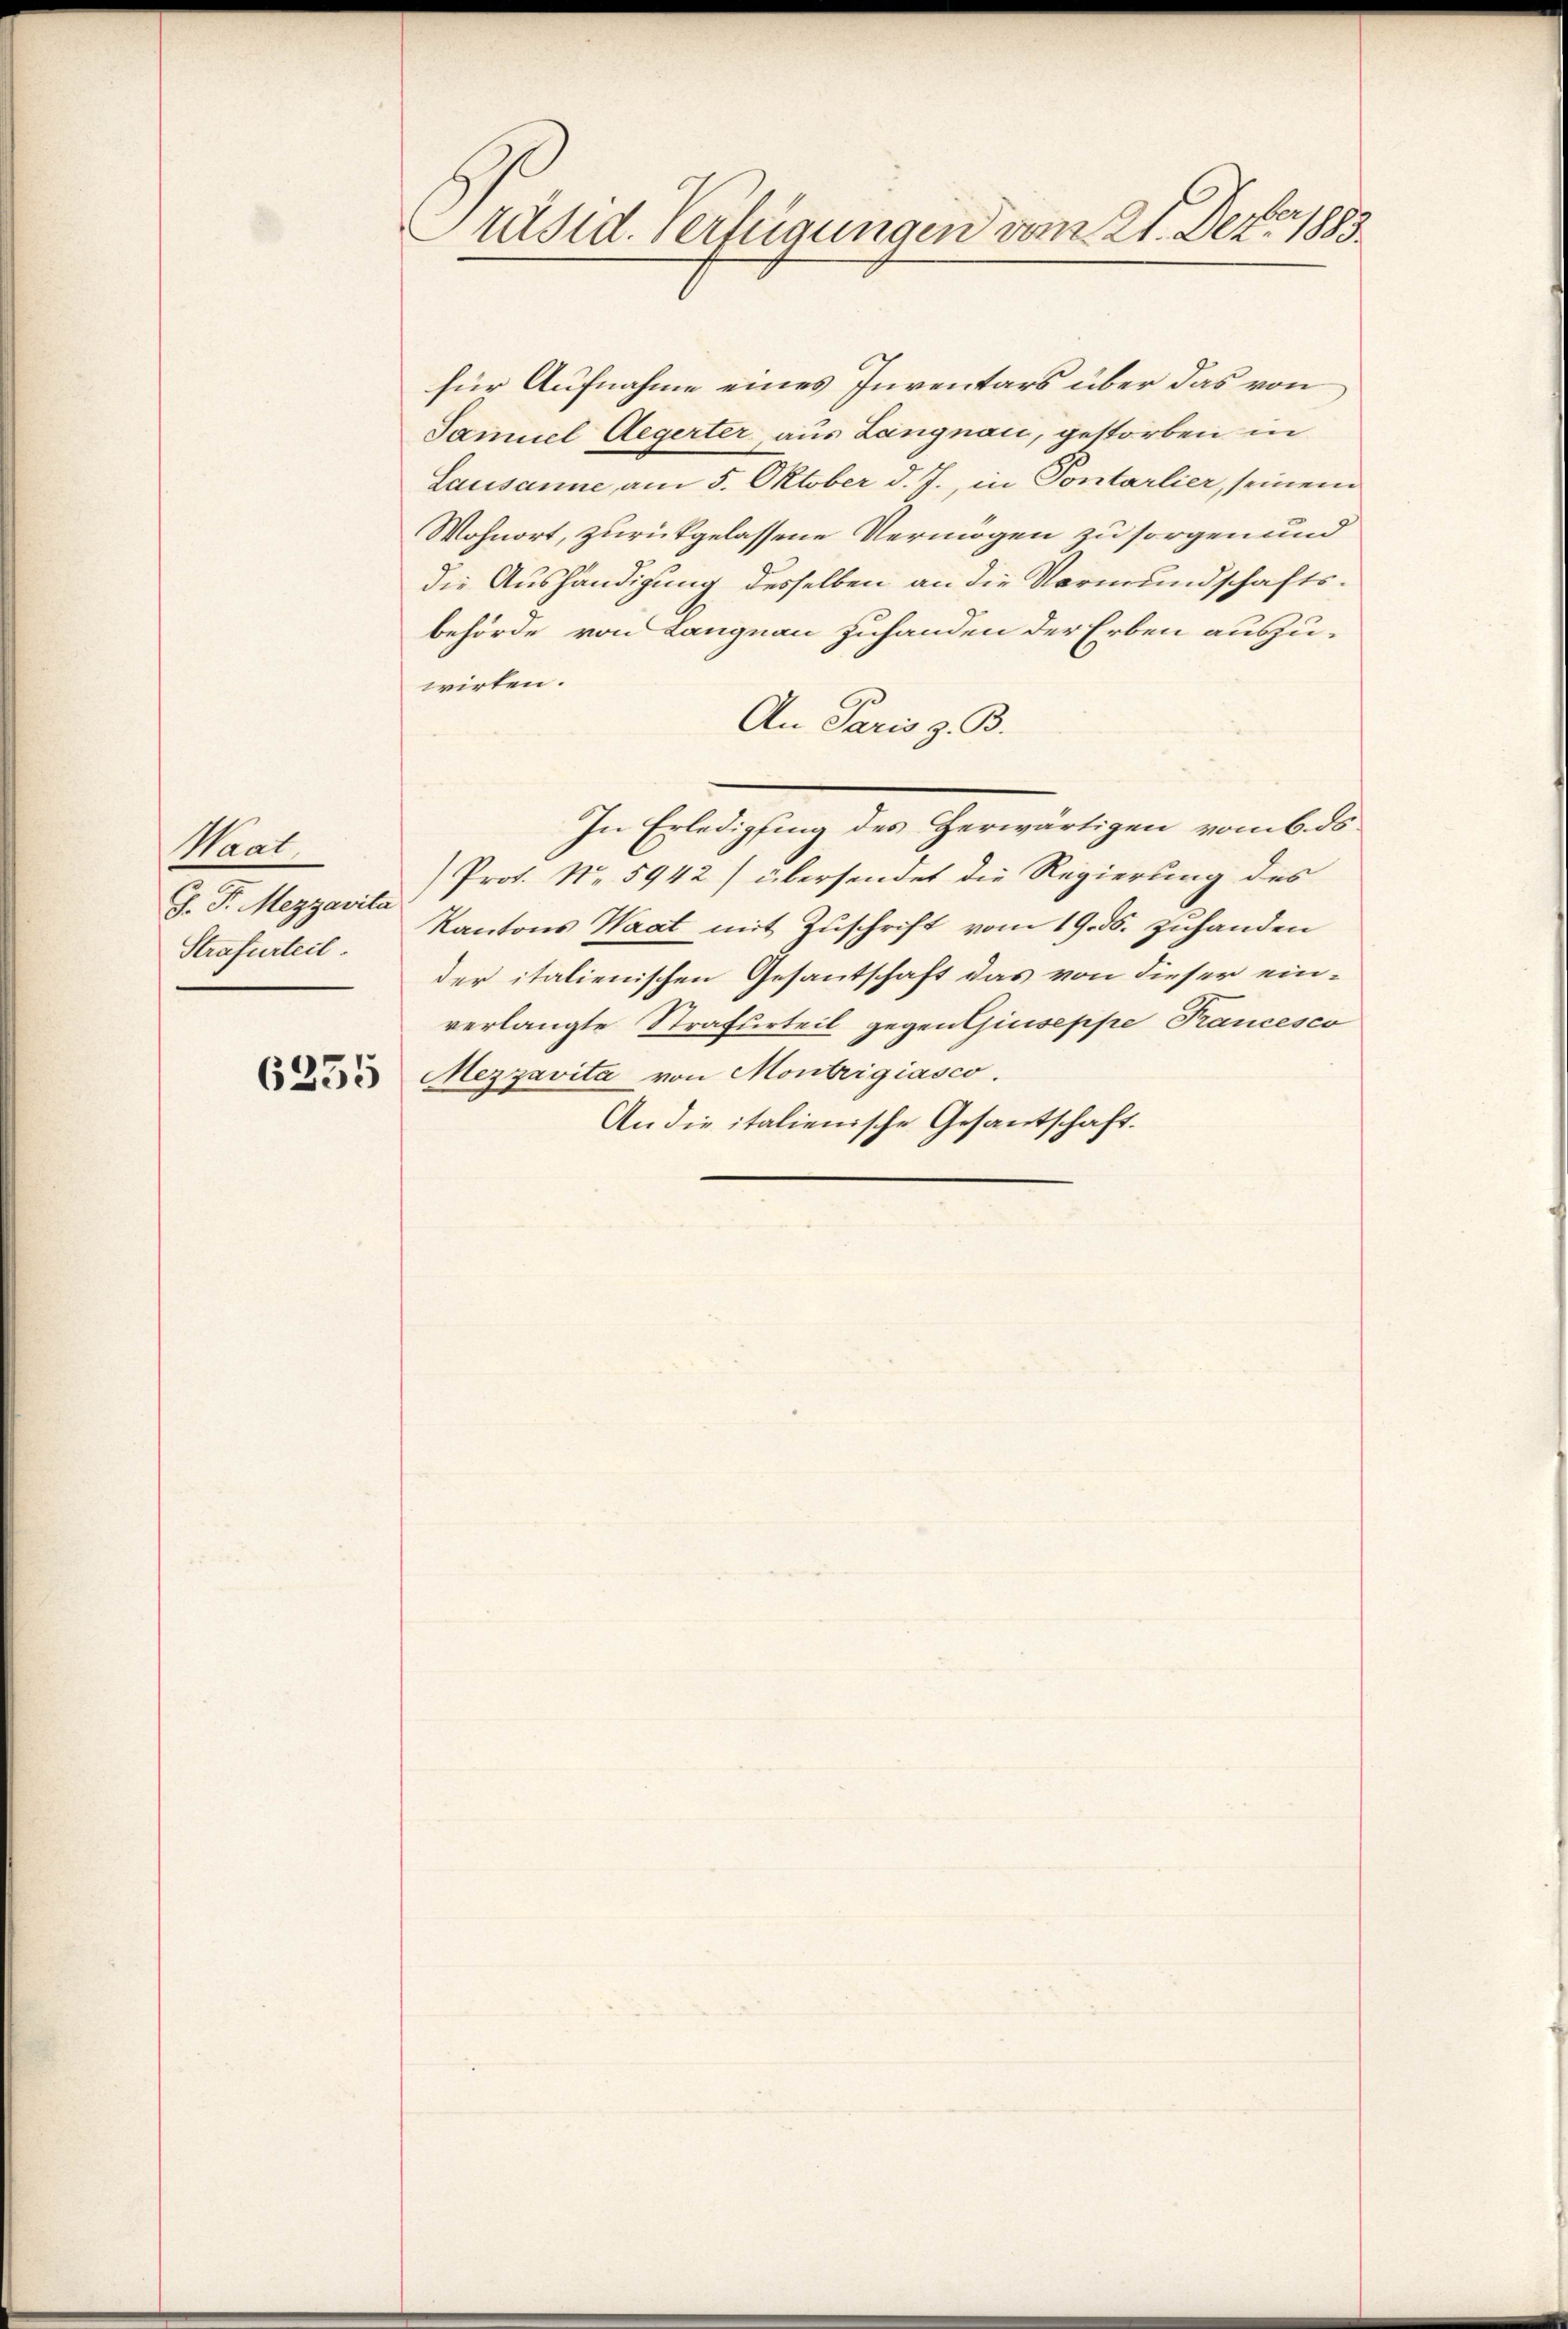
Krat
J. J. Mezzavita
Strafurteil.

6235

Präsid. Verfügungen vom 21. Dez. 1889.

für Aufnahme eines Inventars über das von
Samuel Aegerter, aus Langnau, gestorben in
Lausanne am 5. Oktober d. J., in Pontarlier, seinem
Wohnort, zurückgelassene Vermögen zu sorgen und
die Aushändigung desselben an die Vormundschaftsbehörde von Langnau zuhanden der Erben auszuwirten.
An Paris z. B.
In Erledigung des Herwärtigen vom 6. ds
Prof. No. 5942) übersendet die Regierung des
Kantons Waat mit Zuschrift vom 19. ds. zuhanden
der italienischen Gesantschaft das von dieser einverlangte Strafurteil gegen Giuseppe Francesco
Mezzavita von Montrigiasco.
An die italienische Gesantschaft.